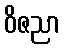
ဝိဇညာ